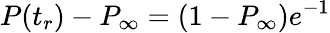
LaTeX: P(t_{r})-P_{\infty}=(1-P_{\infty})e^{-1}